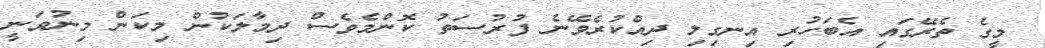
މީގެ ތެރޭގައި އެބަހުރި އިނގިލި ދިއްކުރެވޭނެ ފުރުސަތު ކޮންމެވެސް ދިމާލަކުން މިކަން މިނުވަނީ